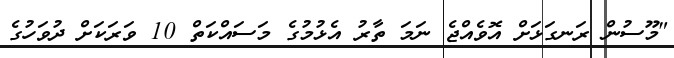
"މޫސުން ރަނގަޅަށް އޮވެއްޖެ ނަމަ ތާރު އެޅުމުގެ މަސައްކަތް 10 ވަރަކަށް ދުވަހުގެ